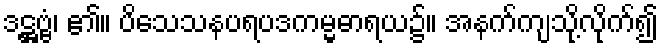
ဒဋ္ဌဗ္ဗံ၊ ၏။ ပိသေသနပရပဒကမ္မဓာရယ၌။ အနက်ကျသို့လိုက်၍